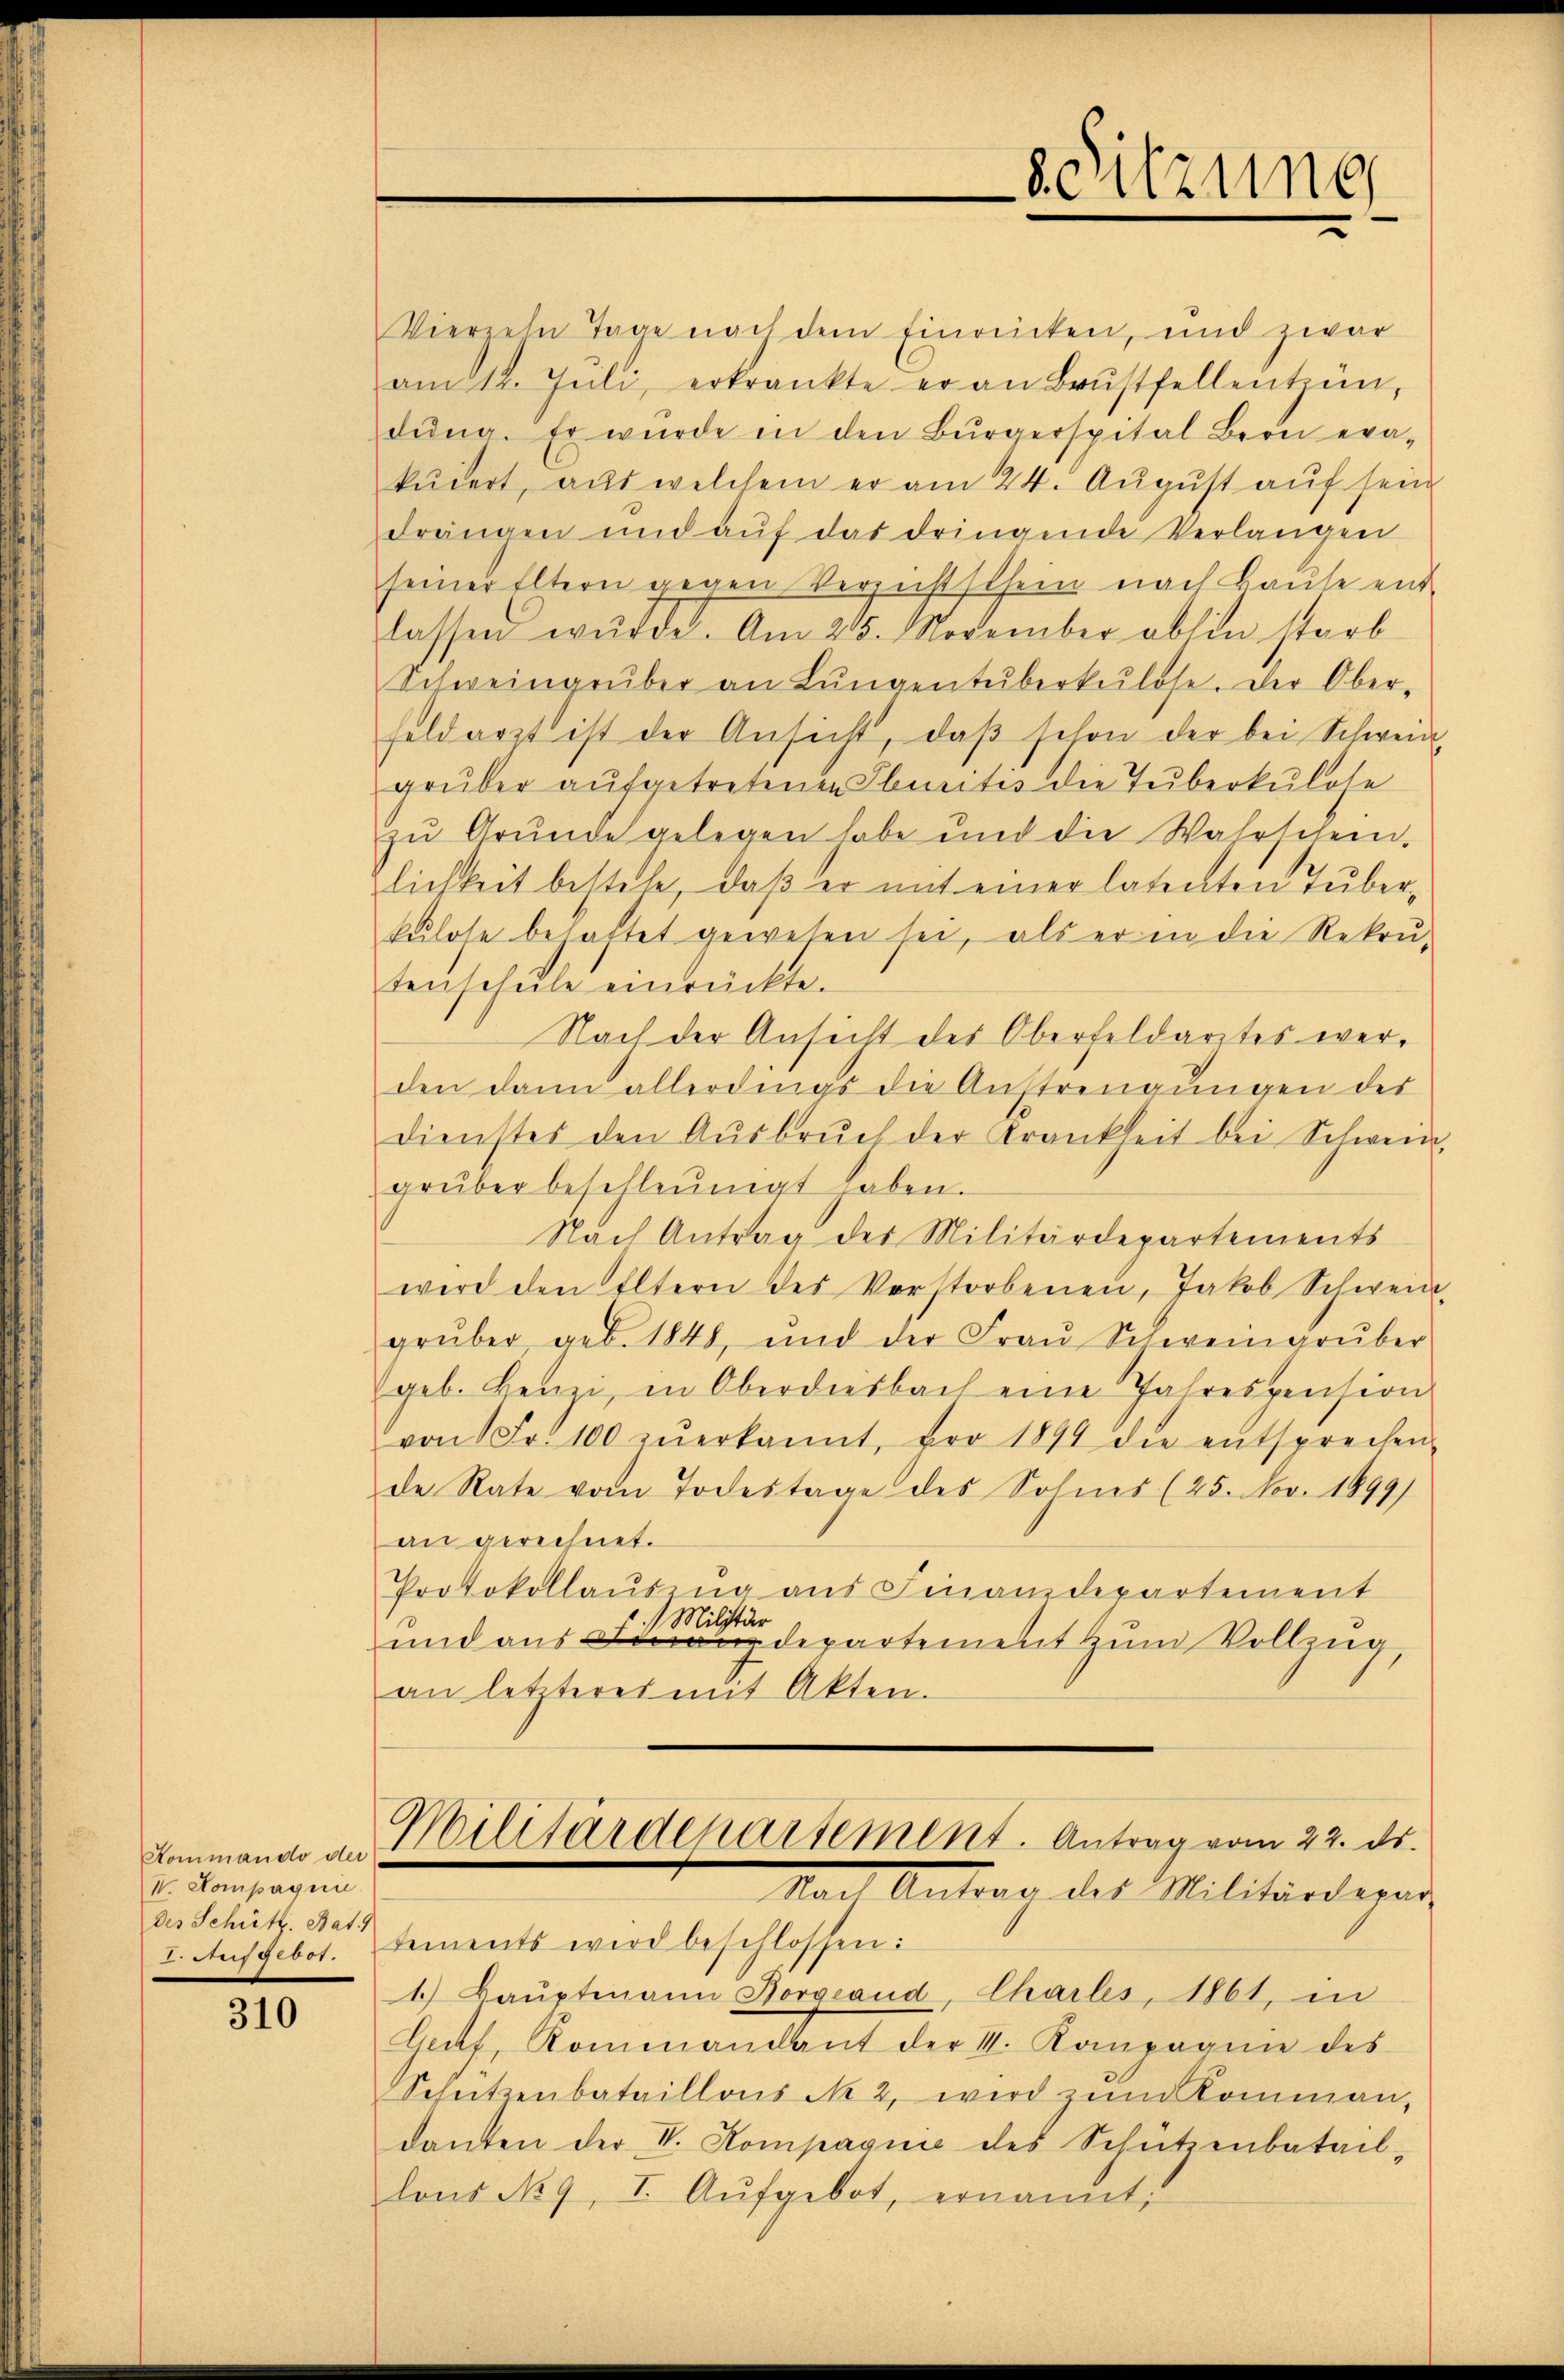
Kommando der
VV. Kompagnie
 987

310

Vierzehn Tage nach dem Einricken, und zwar
am 12. Jŭli, erkrankte er an Brustfellentzün,
dŭng. Er würde in den Bürgerspital Bern era-
kuiert, aus welchem er am 24. August auf sein
drängen und aŭf das dringende Verlangen
seiner Eltern gegen Verzusstsein nach Baŭte ent-
lassen wŭrde. Am 205. November abhin starb
Schweingrüber an Lŭngentüberkulose. Der Ober-
feldarzt ist der Ansicht, daβ schon der bei Schweid
grüber aufgetretenen Iburitis die Tuberkulose
zu Grunde gelegen habe und die Wahrschein.
zlichkeit bestehe, daß er mit einer latenten Tuberkulose behaftet gewesen sei, als er in die Rekrutenscheile einrückte.
Nach der Ansicht des Oberfeldarztes werden dann allerdings die Anstrengungen der
dienstes den Aŭsbrŭch der Krankheit bei Schweid
grüber beschleunigt haben.
Nach Antrag des Militärdepartements
wird den Eltern des Verstorbenen, Jakob Schwein
grŭber geb. 1848, und der Fraŭ Schweigrŭber
geb. Henzi, in Oberdiesbach eine Jahrespension
von Fr. 100 zŭerkannt, pro 1894 die entsprechen
de Rate vom Todestage des Sohnes (25. Nov. 1899)
an gerechnet.
Protokollausung aus Finanzdepartement
Militär
und aus indepartement zum Vollzug,
an letzterer mit Akten.
Militärdepartement. Antrag vom 22. ds.
Nach Antrag des Militärdepar
des Schütt. Hat sements wird beschlossen:
1.) Baŭptmann Borgeand Charles, 1861, in
Gruf, Rommandant der V. Kompagnie des
Schützenbataillons No 2. wird zum Kommen,
danten der VV. Kompagnie des Schützenbatail-
lons No 9, I. Aŭfgebot, ernannt;

Setzung